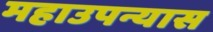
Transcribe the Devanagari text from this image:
महाउपन्यास